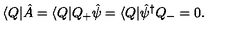
\langle Q | \hat { A } = \langle Q | Q _ { + } \hat { \psi } = \langle Q | \hat { \psi } ^ { \dagger } Q _ { - } = 0 .